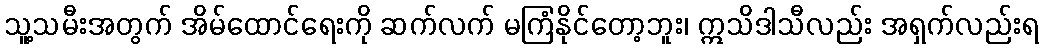
သူ့သမီးအတွက် အိမ်ထောင်ရေးကို ဆက်လက် မကြံနိုင်တော့ဘူး၊ ဣသိဒါသီလည်း အရှက်လည်းရ